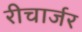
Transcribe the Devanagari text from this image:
रीचार्जर